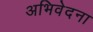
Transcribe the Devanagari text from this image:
अभिवेदना